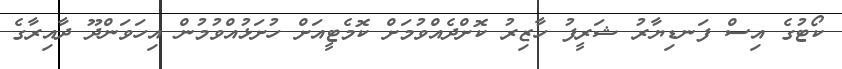
ކޯޓުގެ އިސް ފަނޑިޔާރު ޝަރީފު ހާޒިރު ކޮށްދެއްވުމަށް ކޮމެޓީއަށް ހުށަޅުއްވުމުން އިހަވަންދޫ ދާއިރާގެ